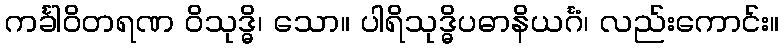
ကင်္ခါဝိတရဏ ဝိသုဒ္ဓိ၊ သော။ ပါရိသုဒ္ဓိပဓာနိယင်္ဂံ၊ လည်းကောင်း။